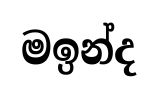
මඉන්ද